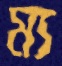
ম্য